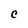
Character: C